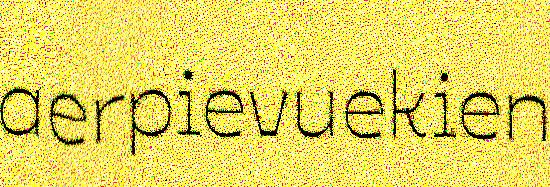
aerpievuekien